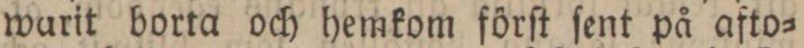
warit borta och hemkom förſt ſent på afto=